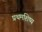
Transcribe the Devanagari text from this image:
प्रथमशिष्य